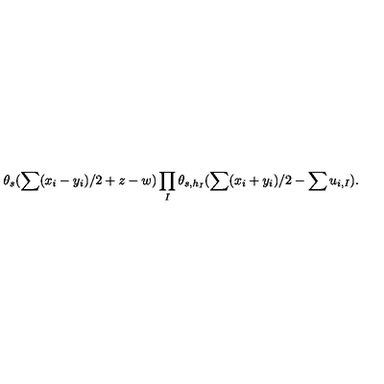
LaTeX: \theta _ { s } ( \sum ( x _ { i } - y _ { i } ) / 2 + z - w ) \prod _ { I } \theta _ { s , h _ { I } } ( \sum ( x _ { i } + y _ { i } ) / 2 - \sum u _ { i , I } ) .